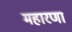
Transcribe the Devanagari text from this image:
महारणा